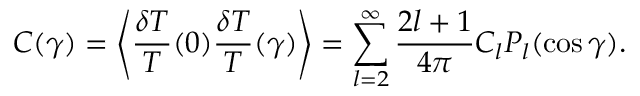
C ( \gamma ) = \left\langle \frac { \delta T } { T } ( 0 ) \frac { \delta T } { T } ( \gamma ) \right\rangle = \sum _ { l = 2 } ^ { \infty } \frac { 2 l + 1 } { 4 \pi } C _ { l } P _ { l } ( \cos \gamma ) .